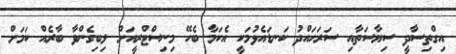
އިގްތިސާދީ ސިޔާސަތާއި ސަރަހައްދު ކަނޑައެޅުމަކީ އެކަމާ ބެހޭ މިނިސްޓްރީއަށް ލިބިގެންވާ ބާރެއް ކަމަށް